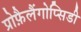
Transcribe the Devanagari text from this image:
प्रोफ़ैलैंगोप्सिडी